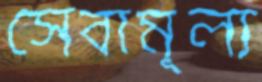
সেবামূল্য